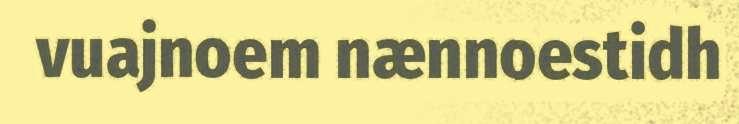
vuajnoem nænnoestidh